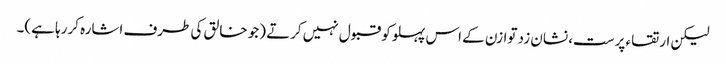
لیکن ارتقاء پرست، نشان زد توازن کے اس پہلو کو قبول نہیں کرتے (جو خالق کی طرف اشارہ کررہا ہے)۔